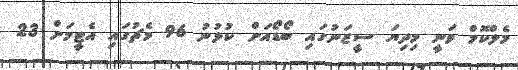
މެލްކޮމް ވަނީ މިދިޔަ ސީޒަނުގައި ބޯޑޯއަށް ކުޅުނު 96 މެޗުގަައި އެޓީމަށް 23